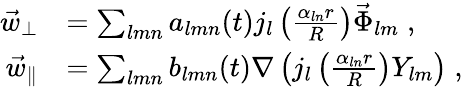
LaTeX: \begin{array}{rl}{\vec{w}_{\perp}}&{=\sum_{lmn}a_{lmn}(t)j_{l}\left(\frac{\alpha_{ln}r}{R}\right)\vec{\Phi}_{lm}\; ,}\\ {\vec{w}_{\parallel}}&{=\sum_{lmn}{b}_{lmn}(t)\nabla\left(j_{l}\left(\frac{\alpha_{ln}r}{R}\right)Y_{lm}\right)\; ,}\end{array}